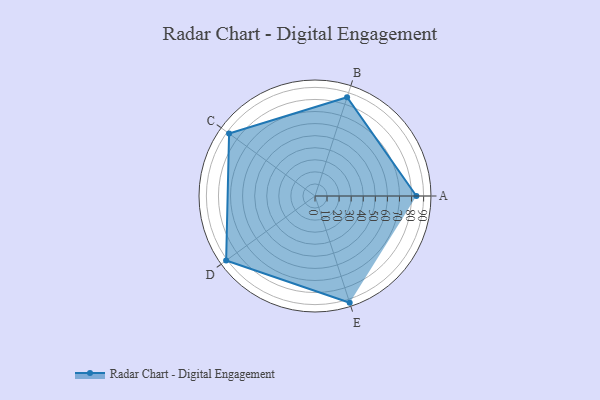
{"axis": {"x": "Skill", "y": "Score"}, "legend": ["Profile"], "data": [{"x": "A", "y": 84.0, "type": "Profile"}, {"x": "B", "y": 86.0, "type": "Profile"}, {"x": "C", "y": 88.0, "type": "Profile"}, {"x": "D", "y": 91.0, "type": "Profile"}, {"x": "E", "y": 93.0, "type": "Profile"}]}